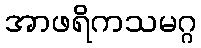
အာဖရိကသမဂ္ဂ